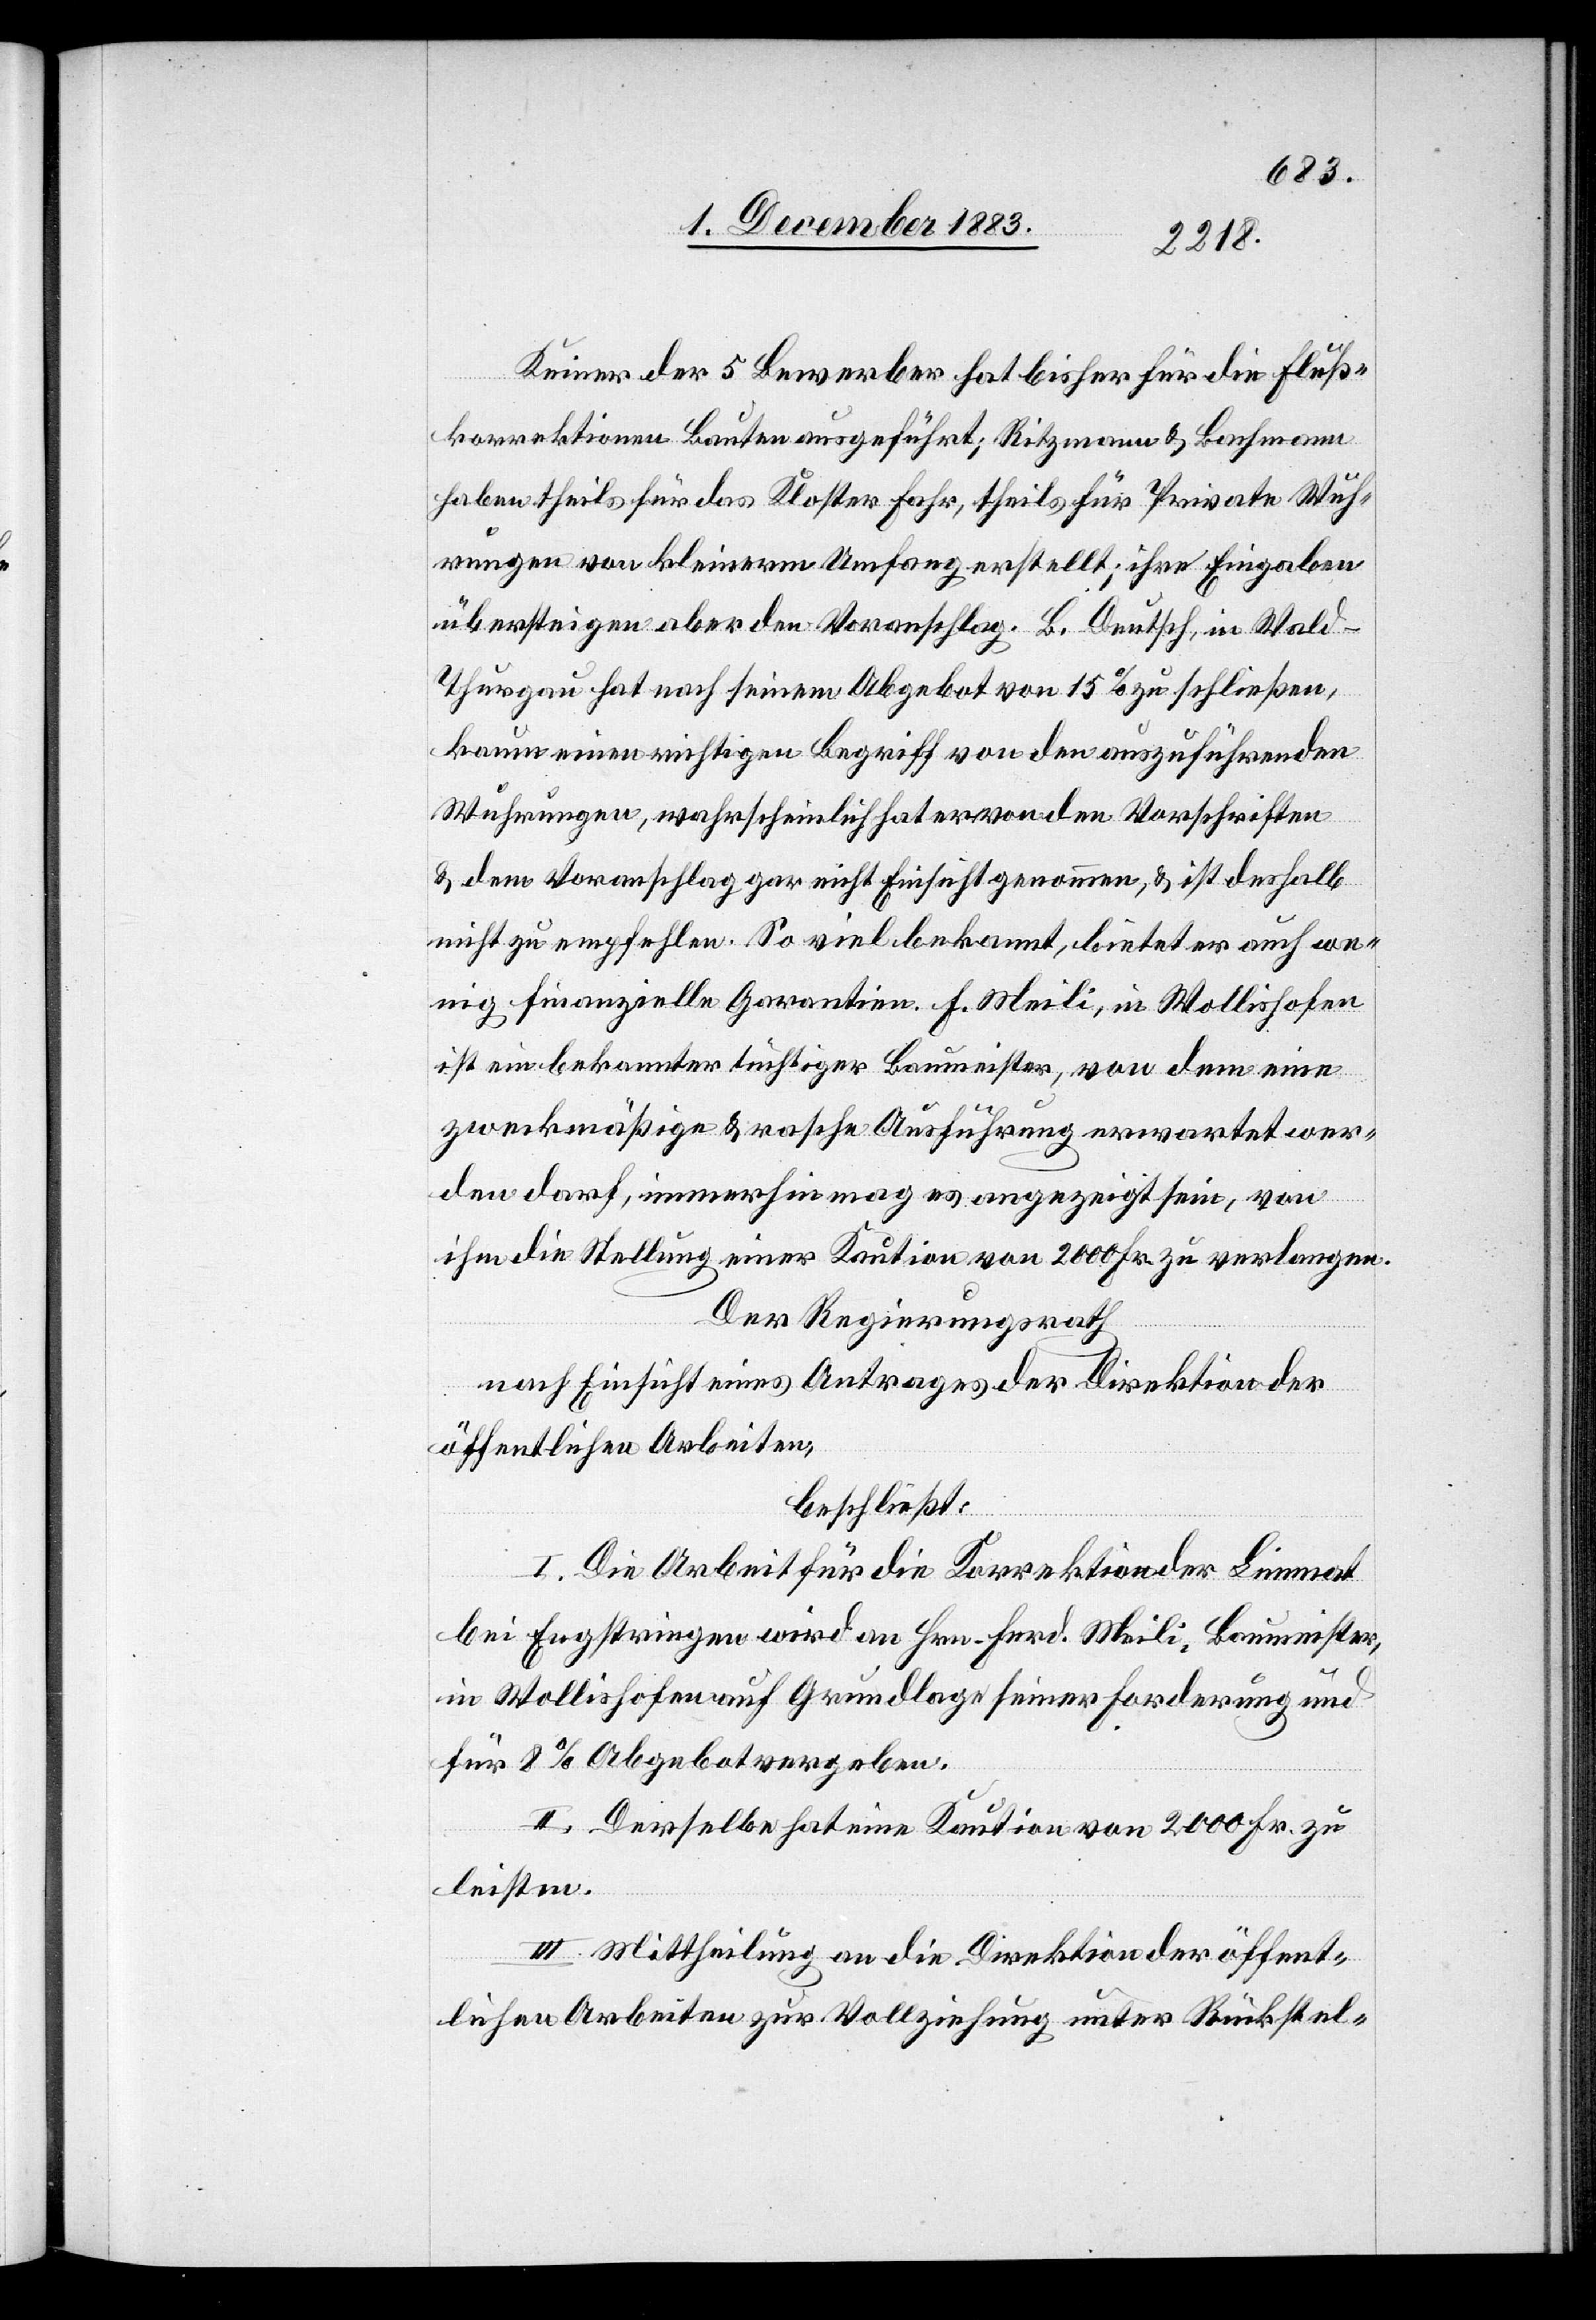
Keiner der 5 Bewerber hat bisher für die Fluß¬
korrektionen Bauten ausgeführt; Ritzmann & Bachmann
haben theils für das Kloster Fahr, theils für Private Wuh¬
rungen von kleinerm Umfang erstellt; ihre Eingaben
übersteigen aber den Voranschlag. B. Deutsch, in Wald -
Thurgau hat nach seinem Abgebot von 15% zu schließen,
kaum einen richtigen Begriff von den auszuführenden
Wuhrungen, wahrscheinlich hat er von den Vorschriften
& dem Voranschlag gar nicht Einsicht genommen, & ist deshalb
nicht zu empfehlen. So viel bekannt, bietet er auch we¬
nig finanzielle Garantien. F. Meili, in Wollishofen
ist ein bekannter tüchtiger Baumeister, von dem eine
zweckmäßige & rasche Ausführung erwartet wer¬
den darf, immerhin mag es angezeigt sein, von
ihm die Stellung einer Kaution von 2000 Fr. zu verlangen.
Der Regierungsrath
nach Einsicht eines Antrages der Direktion der
öffentlichen Arbeiten,
beschließt:
I. Die Arbeit für die Korrektion der Limmat
bei Engstringen wird an Hrn. Ferd. Meili, Baumeister,
in Wollishofen auf Grundlage seiner Forderung und
für 8% Abgebot vergeben.
II. Derselbe hat eine Kaution von 2000 Fr. zu
leisten.
III. Mittheilung an die Direktion der öffent¬
lichen Arbeiten zur Vollziehung unter Rückstel-